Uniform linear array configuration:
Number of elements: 4
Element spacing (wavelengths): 0.5
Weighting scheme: exponential
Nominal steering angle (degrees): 45
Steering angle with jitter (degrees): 45.233
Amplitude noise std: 0.05
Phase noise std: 0.05

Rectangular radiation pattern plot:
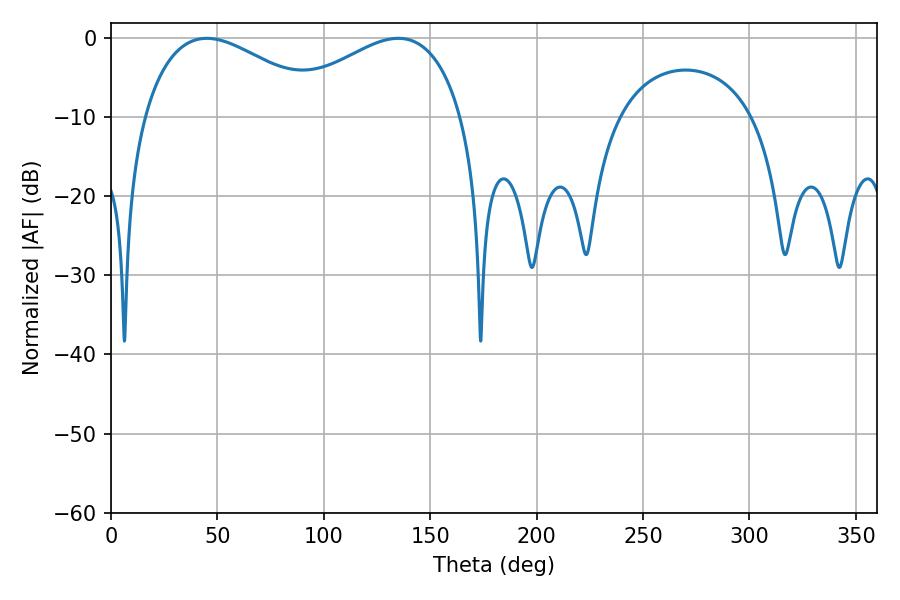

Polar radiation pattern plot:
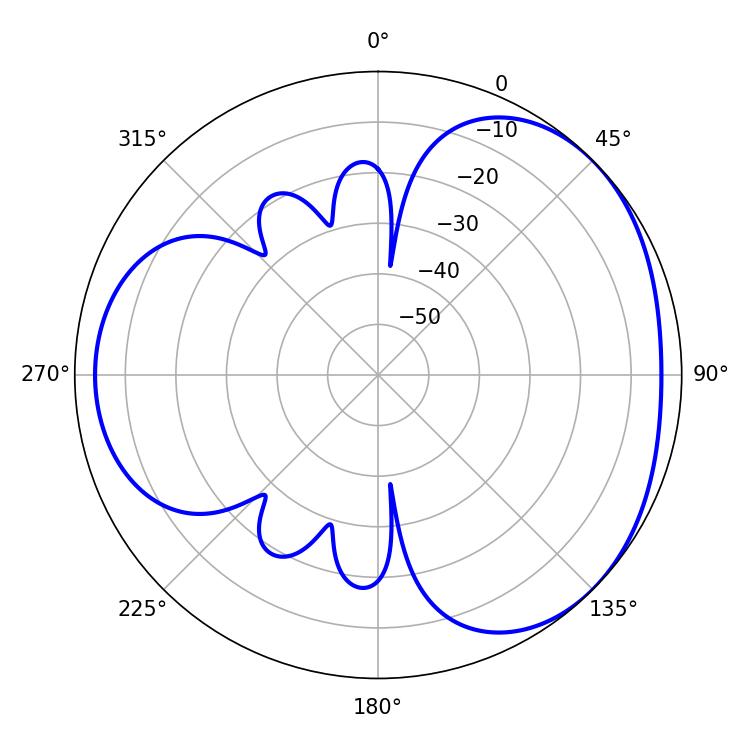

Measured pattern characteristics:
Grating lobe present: FALSE
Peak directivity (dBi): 3.285
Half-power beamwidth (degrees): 47.34
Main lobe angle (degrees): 45